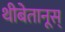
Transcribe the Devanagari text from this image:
थीबेतानूस्